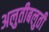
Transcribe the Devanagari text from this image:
अलुतीबलुती